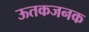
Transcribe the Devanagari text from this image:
ऊतकजनक